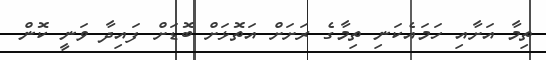
ތިމާ އަށާއި ހަމައެކަނި ތިމާގެ ރަށަށް އަތޮޅަށް ބޮޑަށް ފައިދާ ވަނީ ކޮން